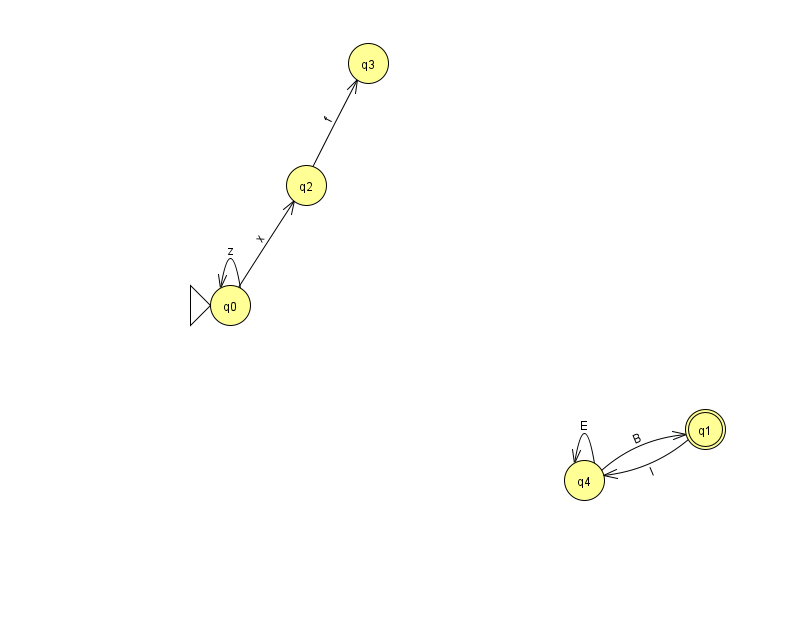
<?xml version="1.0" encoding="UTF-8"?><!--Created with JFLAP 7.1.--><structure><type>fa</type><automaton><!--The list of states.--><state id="0" name="q0"><x>230.0</x><y>292.0</y><initial/></state><state id="1" name="q1"><x>705.0</x><y>416.0</y><final/></state><state id="2" name="q2"><x>306.0</x><y>172.0</y></state><state id="3" name="q3"><x>368.0</x><y>50.0</y></state><state id="4" name="q4"><x>584.0</x><y>467.0</y></state><!--The list of transitions.--><transition><from>1</from><to>4</to><read>I</read></transition><transition><from>0</from><to>2</to><read>x</read></transition><transition><from>4</from><to>4</to><read>E</read></transition><transition><from>2</from><to>3</to><read>f</read></transition><transition><from>0</from><to>0</to><read>z</read></transition><transition><from>4</from><to>1</to><read>B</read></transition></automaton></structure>